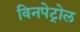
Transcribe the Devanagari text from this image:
विनपेट्रोल